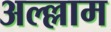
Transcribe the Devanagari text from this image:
अल्ल्लाम